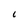
Character: 6